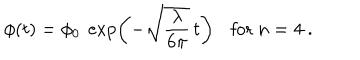
LaTeX: \phi ( t ) = \phi _ { 0 } \ \exp \left( - \sqrt { \frac { \lambda } { 6 \pi } } \, t \right) \ \, \ \ \mathrm { f o r } \ n = 4 \ .